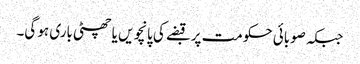
جبکہ صوبائی حکومت پر قبضے کی پانچویں یا چھٹی باری ہو گی۔